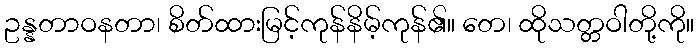
ဥန္နတာဝနတာ၊ စိတ်ထားမြင့်ကုန်နိမ့်ကုန်၏။ တေ၊ ထိုသတ္တဝါတို့ကို။